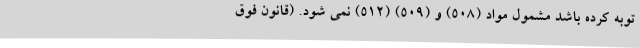
توبه کرده باشد مشمول مواد (508) و (509) (512) نمی ‌شود. (قانون فوق